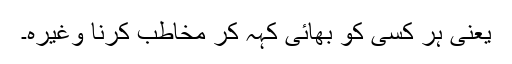
یعنی ہر کسی کو بھائی کہہ کر مخاطب کرنا وغیرہ۔